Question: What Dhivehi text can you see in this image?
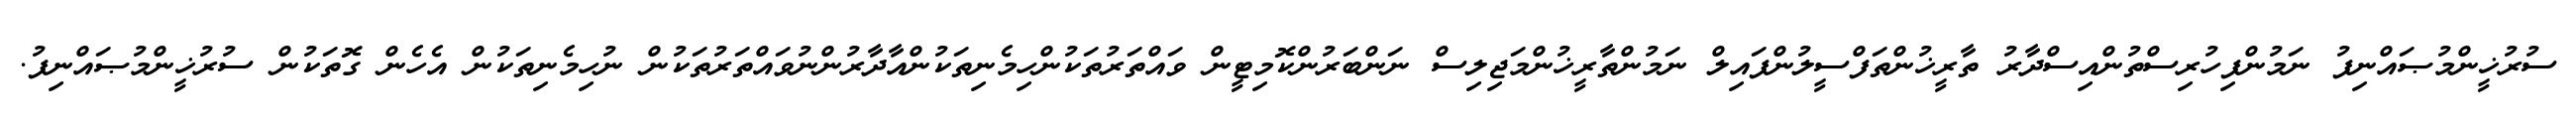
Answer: ސުރުޚީންމުޞައްނިފު ނަމުންފިހުރިސްތުންއިސްދާރު ތާރީޚުންތަފްސީލުންފައިލް ނަމުންތާރީޚުންމަޖިލިސް ނަންބަރުންކޮމިޓީން ވައްތަރުތަކުންހިމެނިތަކުންއާދާރުންނުވައްތަރުތަކުން ނުހިމެނިތަކުން އެހެން ގޮތަކުން ސުރުޚީންމުޞައްނިފު.